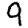
Digit: 9